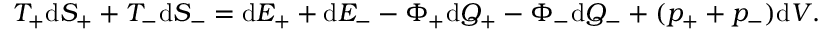
T _ { + } \mathrm { d } S _ { + } + T _ { - } \mathrm { d } S _ { - } = \mathrm { d } E _ { + } + \mathrm { d } E _ { - } - \Phi _ { + } \mathrm { d } Q _ { + } - \Phi _ { - } \mathrm { d } Q _ { - } + ( p _ { + } + p _ { - } ) \mathrm { d } V .